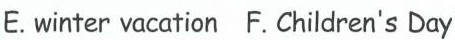
E.winter vacation F.Children's Day